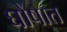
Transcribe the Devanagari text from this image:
घोषात